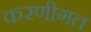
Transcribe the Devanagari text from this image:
करणीगत